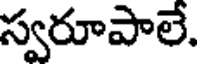
స్వరూపాలే.